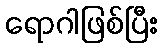
ရောဂါဖြစ်ပြီး